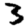
Digit: 3